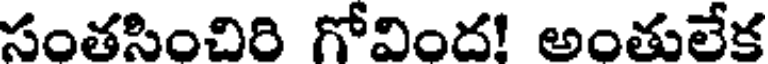
సంతసించిరి గోవింద! అంతులేక